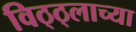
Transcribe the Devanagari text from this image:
विठ्ठ्लाच्या